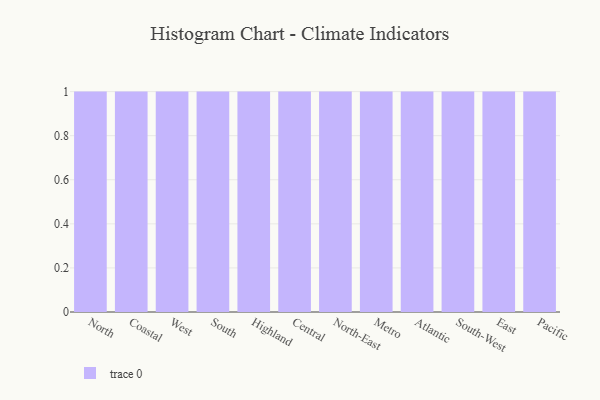
{"axis": {"x": "Region", "y": "Waste Production (Tons)"}, "legend": [""], "data": [{"x": "North", "y": 55, "type": ""}, {"x": "Coastal", "y": 94, "type": ""}, {"x": "West", "y": 82, "type": ""}, {"x": "South", "y": 60, "type": ""}, {"x": "Highland", "y": 15, "type": ""}, {"x": "Central", "y": 90, "type": ""}, {"x": "North-East", "y": 24, "type": ""}, {"x": "Metro", "y": 23, "type": ""}, {"x": "Atlantic", "y": 24, "type": ""}, {"x": "South-West", "y": 96, "type": ""}, {"x": "East", "y": 24, "type": ""}, {"x": "Pacific", "y": 59, "type": ""}]}